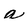
Character: a